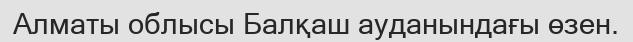
Алматы облысы Балқаш ауданындағы өзен.